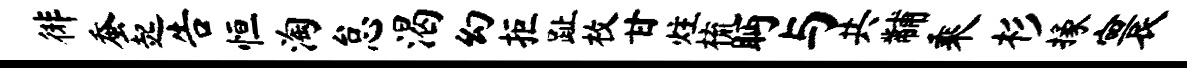
徘蚕起告恒淘怠渴幻拒趾枚甘炷梳眄与共黼乘杉掾寰